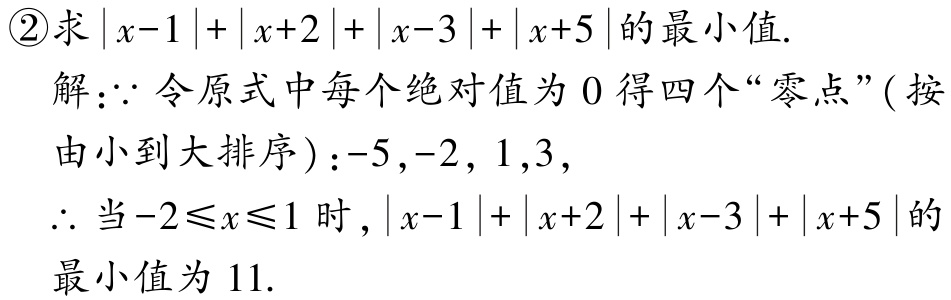
\textcircled{2}求\(\vert x - 1\vert+\vert x + 2\vert+\vert x - 3\vert+\vert x + 5\vert\)的最小值.

解：\(\because\)令原式中每个绝对值为\(0\)得四个“零点”( 按

由小到大排序 )：\(-5,-2, 1,3\)，

\(\therefore\)当\(-2\leqslant x\leqslant1\)时，\(\vert x - 1\vert+\vert x + 2\vert+\vert x - 3\vert+\vert x + 5\vert\)的

最小值为\(11\).